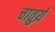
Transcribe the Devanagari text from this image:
चातुर्य़